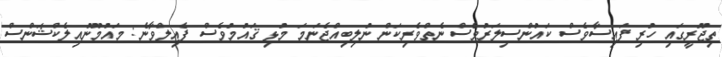
ތިޖޫރީގައި ހުރި ފައިސާވެސް ކައުންސިލަރުވެސް ނެތްވެރިކަން ނުލިބިއްޖެނަމަ މުޅި ޤައުމުވެސް ފެއިލްވާނެ: މައުމޫނުއިލެކްޝަންސް